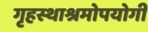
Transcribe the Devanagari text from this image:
गृहस्थाश्रमोपयोगी